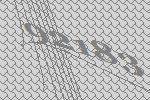
92183